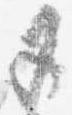
五